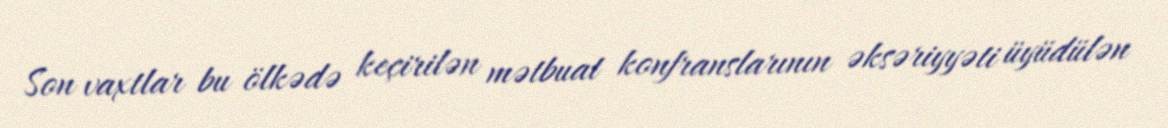
Son vaxtlar bu ölkədə keçirilən mətbuat konfranslarının əksəriyyəti üyüdülən